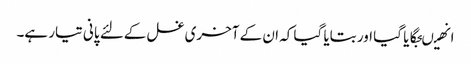
انھیںجگایا گیا اور بتایا گیا کہ ان کے آخری غسل کےلئے پانی تیار ہے۔